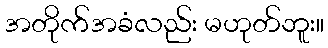
အတိုက်အခံလည်း မဟုတ်ဘူး။